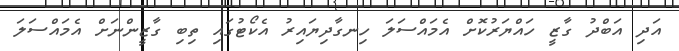
އަދި އަބްދު ގާޒީ ހައްޔަރުކޮށް އެމައްސަލަ ހިނގާދިޔައިރު އެކޯޓުގައި ތިބި ގާޒީންނަށް އެމައްސަލަ